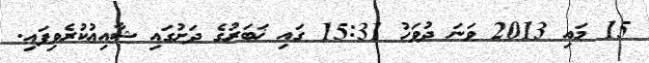
15 މައި 2013 ވަނަ ދުވަހު 15:31 ގައި ޚަބަރުގެ ދަށުގައި ޝާއިޢުކުރެވިފައި.